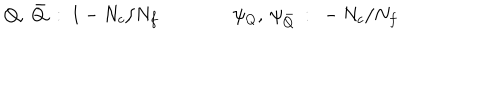
Q , ~ \bar { Q } ~ : ~ 1 - N _ { c } / N _ { f } \qquad \qquad \psi _ { Q } , ~ \psi _ { \bar { Q } } ~ : ~ - N _ { c } / N _ { f }